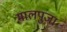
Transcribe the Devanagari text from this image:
मालपुजा